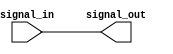
module io_buffer (
    input wire signal_in,
    output wire signal_out
);

assign signal_out = signal_in;

endmodule